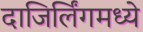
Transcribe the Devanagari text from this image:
दाजिर्लिंगमध्ये